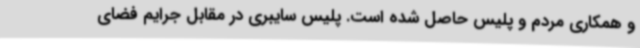
و همکاری مردم و پلیس حاصل شده است. پلیس سایبری در مقابل جرایم فضای